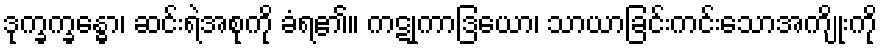
ဒုက္ခက္ခန္ဓော၊ ဆင်းရဲအစုကို ခံရ၏။ ကဋုကာဒြယော၊ သာယာခြင်းကင်းသောအကျိုးကို